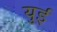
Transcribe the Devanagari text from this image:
युई